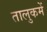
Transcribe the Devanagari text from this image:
तालुकमें